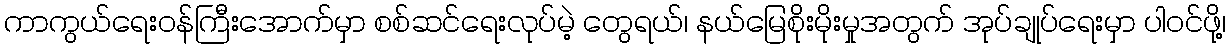
ကာကွယ်ရေးဝန်ကြီးအောက်မှာ စစ်ဆင်ရေးလုပ်မဲ့ တွေရယ်၊ နယ်မြေစိုးမိုးမှုအတွက် အုပ်ချုပ်ရေးမှာ ပါဝင်ဖို့၊